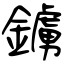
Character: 鐪